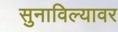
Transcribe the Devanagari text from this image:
सुनाविल्यावर